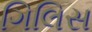
ગિલિસ